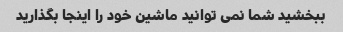
ببخشید شما نمی توانید ماشین خود را اینجا بگذارید